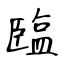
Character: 𦣪